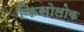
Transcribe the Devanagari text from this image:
किसोलोक